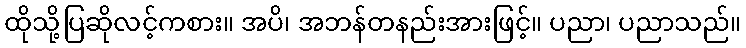
ထိုသို့ပြဆိုလင့်ကစား။ အပိ၊ အဘန်တနည်းအားဖြင့်။ ပညာ၊ ပညာသည်။